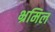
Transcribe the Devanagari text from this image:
भ्रमिल